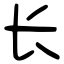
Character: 长